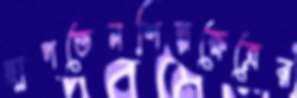
ছাপতেনশিল্পক্ষেত্রের